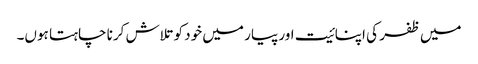
میں ظفر کی اپنائیت اور پیار میں خود کو تلاش کرنا چاہتا ہوں۔